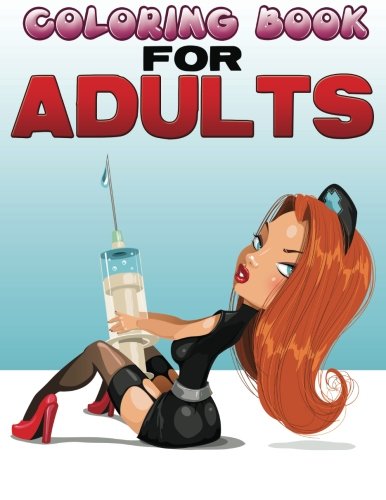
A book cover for Coloring Books For Adults; Timmy Time Books For Kids; Arts & Photography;